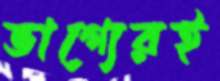
ভাগ্যেরই